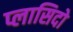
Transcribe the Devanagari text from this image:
प्लासिदो